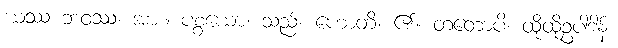
ယဿ ဘဝဿ၊ အား။ ပစ္စယော၊ သည်။ ဟောတိ၊ ၏။ တတောပိ၊ ထိုထိုဥပါဒါန်